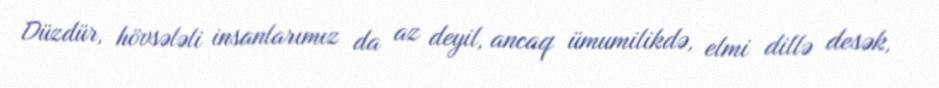
Düzdür, hövsələli insanlarımız da az deyil, ancaq ümumilikdə, elmi dillə desək,